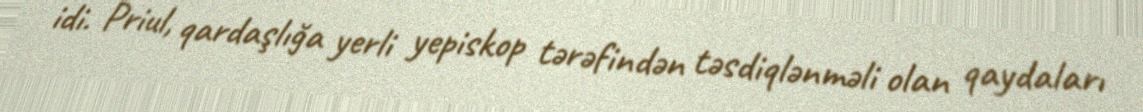
idi. Priul, qardaşlığa yerli yepiskop tərəfindən təsdiqlənməli olan qaydaları